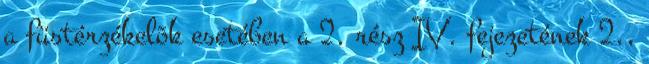
a füstérzékelõk esetében a 2. rész IV. fejezetének 2.,